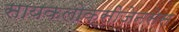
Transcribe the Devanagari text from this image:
सायकलोक्सीजेनसेस